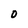
Character: O